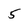
Character: 5